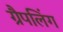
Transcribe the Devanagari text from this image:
ग्रैपलिंग